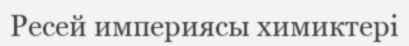
Ресей империясы химиктері